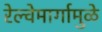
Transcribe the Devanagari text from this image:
रेल्वेमार्गामुळे